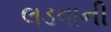
લડવાની